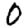
Digit: 0